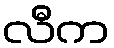
လီက